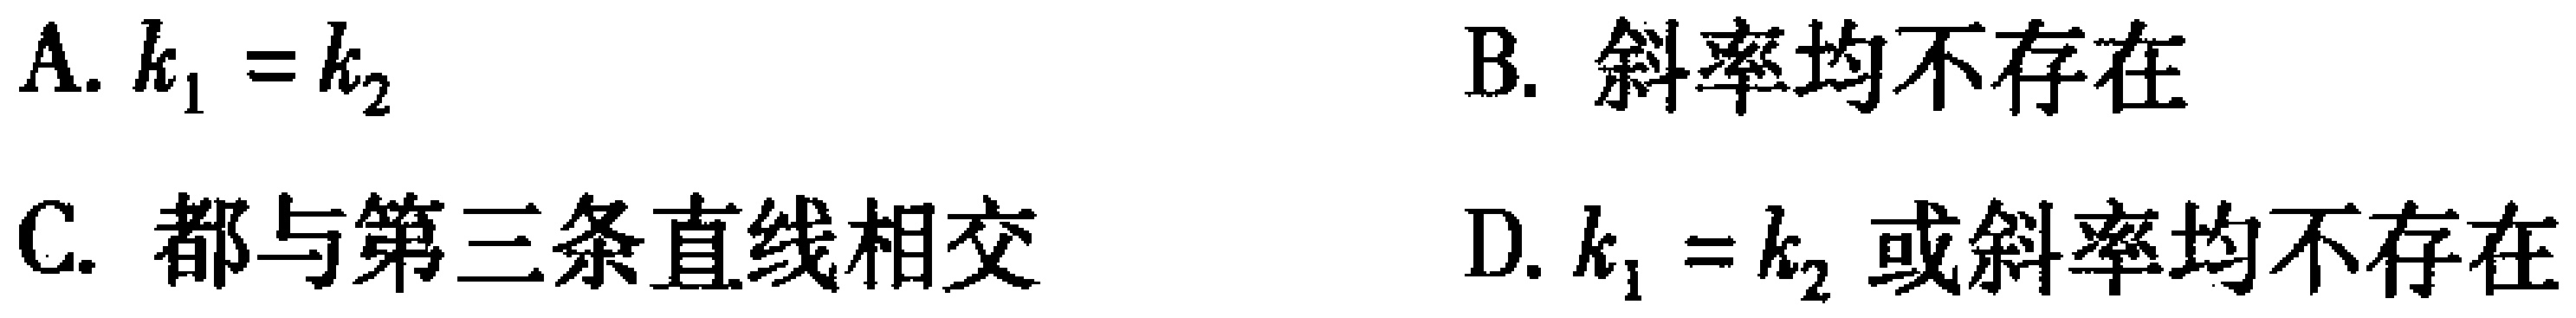
A. \(k_{1}=k_{2}\)
B. 斜率均不存在
C. 都与第三条直线相交
D. \(k_{1}=k_{2}\) 或斜率均不存在